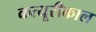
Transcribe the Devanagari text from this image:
कत्यूरीकाल